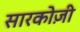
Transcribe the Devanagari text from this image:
सारकोज़ी